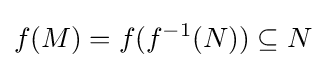
f(M)=f(f^{-1}(N))\subseteq N